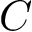
C